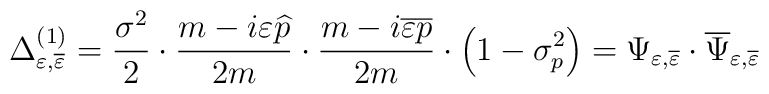
\Delta _{\varepsilon ,\overline{\varepsilon }}^{(1)}=\frac{\sigma^2}2\cdot \frac{m-i\varepsilon \widehat{p}}{2m}\cdot\frac{m-i\overline{\varepsilon } \overline{p}}{2m}\cdot \left(1-\sigma _p^2\right) =\Psi _{\varepsilon , \overline{\varepsilon}}\cdot \overline{\Psi }_{\varepsilon ,\overline{ \varepsilon }}